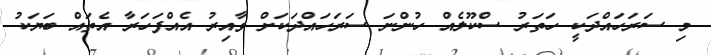
މި ސަރަހައްދަކީ ހަތަރު ސްކޫލެއް ހުންނަ ސަރަހައްދަކަށް ވާއިރު އެއްފަހަރާ އެތައް ބަޔަކު